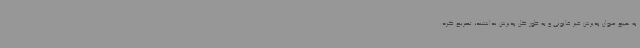
به هیچ عنوان پذیرش غیر قانونی و به طور کل پذیرش نداشتند، تصریح کرد: